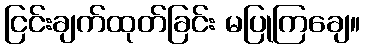
ငြင်းချက်ထုတ်ခြင်း မပြုကြချေ။